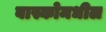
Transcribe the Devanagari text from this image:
बास्कोमधील